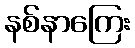
နစ်နာကြေး